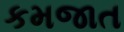
કમજાત